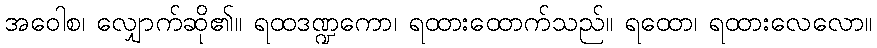
အဝေါစ၊ လျှောက်ဆို၏။ ရထဒဏ္ဍကော၊ ရထားထောက်သည်။ ရထော၊ ရထားလေလော။